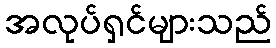
အလုပ်ရှင်များသည်